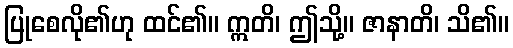
ပြုစေလို၏ဟု ထင်၏။ ဣတိ၊ ဤသို့။ ဇာနာတိ၊ သိ၏။